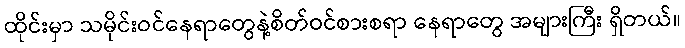
ထိုင်းမှာ သမိုင်းဝင်နေရာတွေနဲ့စိတ်ဝင်စားစရာ နေရာတွေ အများကြီး ရှိတယ်။